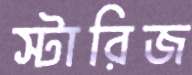
স্টারিজ